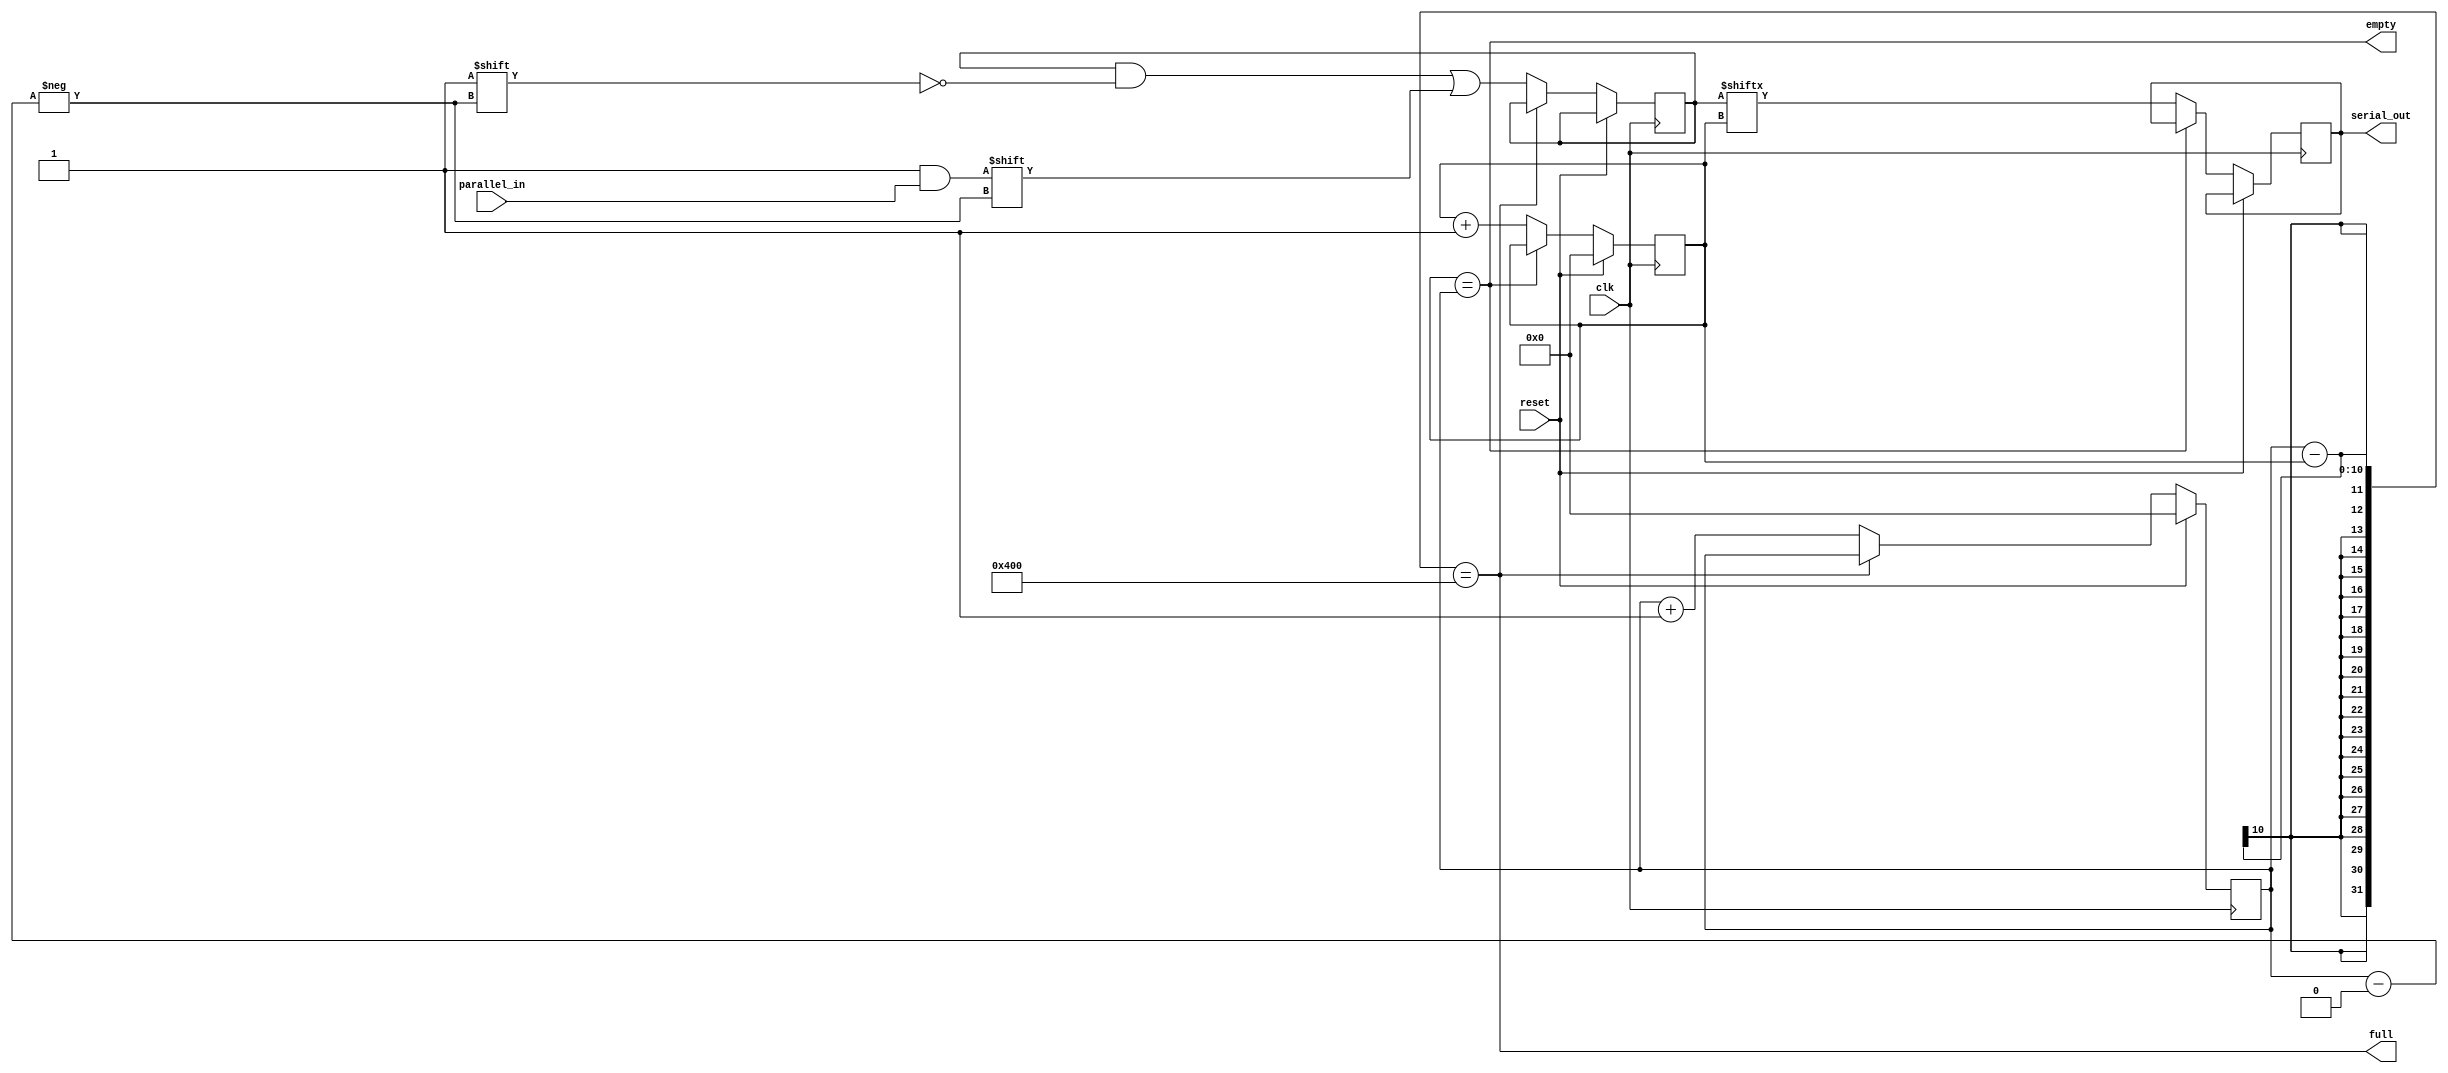
module piso(
  input wire clk,
  input wire reset,
  input wire [1023:0] parallel_in,
  output reg serial_out,
  output wire empty,
  output wire full
);
  reg [9:0] rd_ptr;
  reg [9:0] wr_ptr;
  reg [1023:0] mem;
  always@(posedge clk)
  begin
    if (reset)
    begin
      rd_ptr <= 10'b0;
      wr_ptr <= 10'b0;
    end
    else
    begin
      if (!full)
      begin
        mem[wr_ptr] <= parallel_in;
        wr_ptr <= wr_ptr + 1;
      end
      if (!empty) 
      begin
        serial_out <= mem[rd_ptr];
        rd_ptr <= rd_ptr + 1;
      end
    end
  end
  
  assign empty = (rd_ptr == wr_ptr);
  assign full = ((wr_ptr - rd_ptr) == 1024);
endmodule